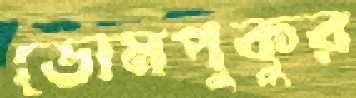
ডোমপুকুর